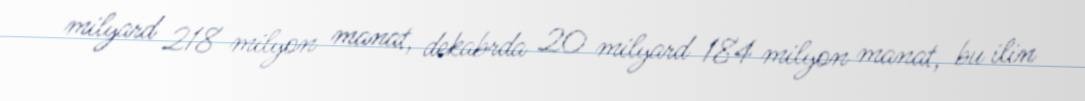
milyard 218 milyon manat, dekabrda 20 milyard 184 milyon manat, bu ilin